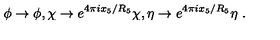
\phi \rightarrow \phi , \chi \rightarrow e ^ { 4 \pi i x _ { 5 } / R _ { 5 } } \chi , \eta \rightarrow e ^ { 4 \pi i x _ { 5 } / R _ { 5 } } \eta \ .